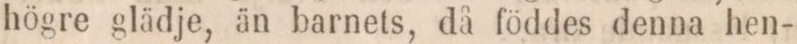
högre glädje, än barnets, då föddes denna hen-